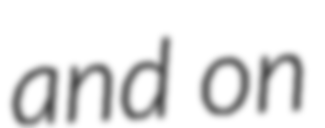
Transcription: and on